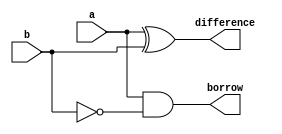
module half_substractor( a , b , difference , borrow );
 
  input  a;
  input  b;
  output difference;
  output borrow;
 
  assign difference   = a ^ b;  
  assign borrow = a & ~b;  
 
endmodule 
 
module half_substractor_tb;
 
  reg a = 0;
  reg b = 0;
  wire difference;
  wire borrow;
   
  half_substractor half_substractor_inst( .a(a) , .b(b) , .difference(difference) , .borrow(borrow) );
 
  initial
    begin
	$monitor("A = %b ,B= %b , Difference = %b , Borrow = %b ",a,b,difference,borrow);
	$dumpfile("halfsubstractor.vcd");
	$dumpvars;
	  #5
      a = 1'b0;
      b = 1'b0;
      #5;
      a = 1'b0;
      b = 1'b1;
      #5;
      a = 1'b1;
      b = 1'b0;
      #5;
      a = 1'b1;
      b = 1'b1;
      #5;
	  a = 1'b1;
      b = 1'b1;

    end 
 
endmodule